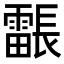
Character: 𮦳